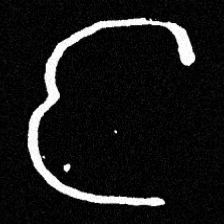
Pyu character \u2014 Myanmar letter: င (romanized: nga)